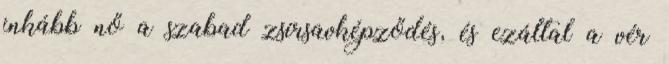
inkább nő a szabad zsírsavképződés, és ezáltal a vér